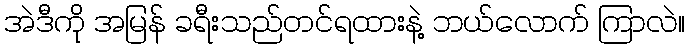
အဲဒီကို အမြန် ခရီးသည်တင်ရထားနဲ့ ဘယ်လောက် ကြာလဲ။